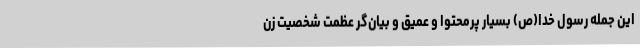
این جمله رسول خدا(ص) بسیار پرمحتوا و عمیق و بیان‌گر عظمت شخصیت زن